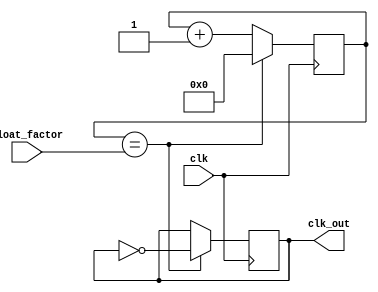
module floating_point_clock_divider (
    input wire clk,
    input wire [31:0] float_factor,
    output reg clk_out
);

reg [31:0] count;
reg [31:0] divider;

always @(posedge clk) begin
    count <= count + 1;
    if (count == float_factor) begin
        count <= 0;
        clk_out <= ~clk_out;
    end
end

endmodule